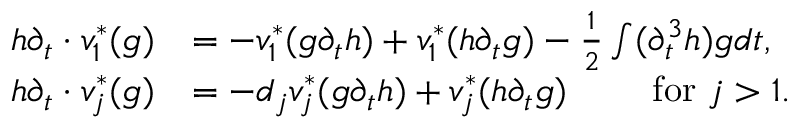
\begin{array} { r l } { h \partial _ { t } \cdot v _ { 1 } ^ { * } ( g ) } & { = - v _ { 1 } ^ { * } ( g \partial _ { t } h ) + v _ { 1 } ^ { * } ( h \partial _ { t } g ) - \frac { 1 } { 2 } \int ( \partial _ { t } ^ { 3 } h ) g d t , } \\ { h \partial _ { t } \cdot v _ { j } ^ { * } ( g ) } & { = - d _ { j } v _ { j } ^ { * } ( g \partial _ { t } h ) + v _ { j } ^ { * } ( h \partial _ { t } g ) \qquad \mathrm { ~ f o r ~ } j > 1 . } \end{array}